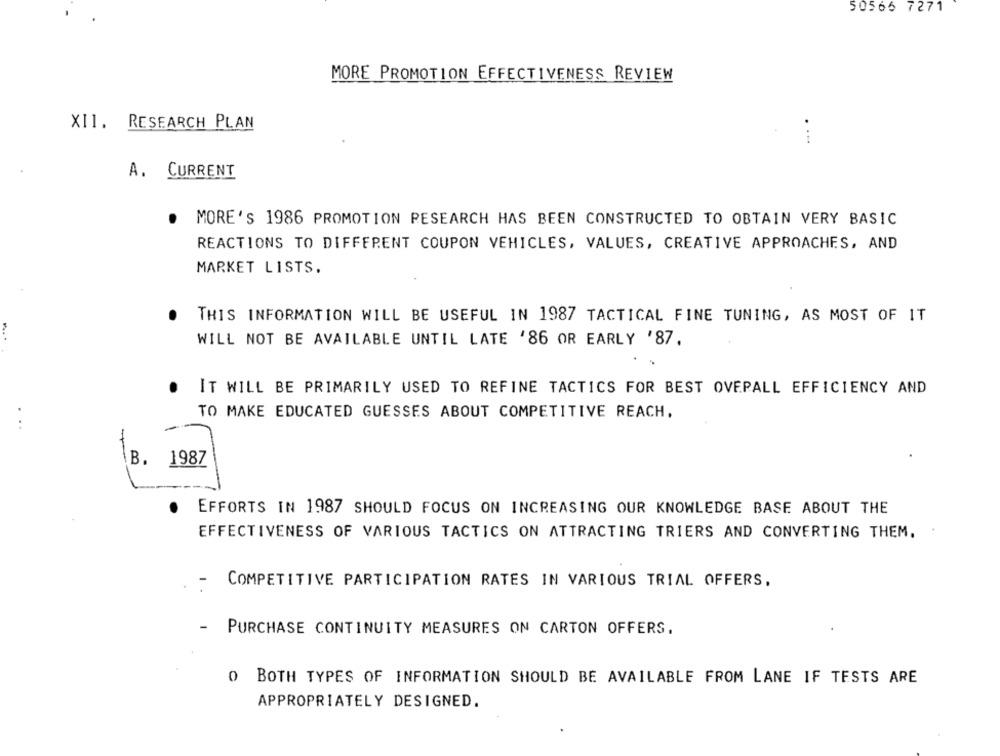
50566 7271
MORE PROMOTION EFFECTIVENESS REVIEW
XII. RESEARCH PLAN
A. CURRENT
.
MORE'S 1986 PROMOTION RESEARCH HAS BEEN CONSTRUCTED TO OBTAIN VERY BASIC
REACTIONS TO DIFFERENT COUPON VEHICLES, VALUES, CREATIVE APPROACHES, AND
MARKET LISTS.
THIS INFORMATION WILL BE USEFUL IN 1987 TACTICAL FINE TUNING, AS MOST OF IT
WILL NOT BE AVAILABLE UNTIL LATE '86 OR EARLY '87,
. IT WILL BE PRIMARILY USED TO REFINE TACTICS FOR BEST OVERALL EFFICIENCY AND
TO MAKE EDUCATED GUESSES ABOUT COMPETITIVE REACH.
...
IB.
1987
.
EFFORTS IN 1987 SHOULD FOCUS ON INCREASING OUR KNOWLEDGE BASE ABOUT THE
EFFECTIVENESS OF VARIOUS TACTICS ON ATTRACTING TRIERS AND CONVERTING THEM.
COMPETITIVE PARTICIPATION RATES IN VARIOUS TRIAL OFFERS.
PURCHASE CONTINUITY MEASURES ON CARTON OFFERS.
O BOTH TYPES OF INFORMATION SHOULD BE AVAILABLE FROM LANE IF TESTS ARE
APPROPRIATELY DESIGNED.